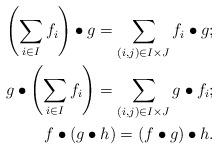
LaTeX: \begin{align*}\left(\sum_{i\in I}f_i\right)\bullet g=\sum_{(i,j)\in I\times J} f_i\bullet g;\\g\bullet \left(\sum_{i\in I}f_i\right)=\sum_{(i,j)\in I\times J} g\bullet f_i;\\f\bullet (g\bullet h)=(f\bullet g)\bullet h.\end{align*}